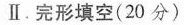
Ⅱ.完形填空(20 分)